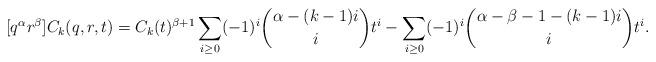
LaTeX: \begin{align*} [q^\alpha r^\beta]C_k(q,r,t) = C_k(t)^{\beta+1} \sum_{i \geq 0} (-1)^i \binom{\alpha - (k-1)i}{i} t^i - \sum_{i \geq 0} (-1)^i \binom{\alpha - \beta - 1 - (k-1)i}{i} t^i.\end{align*}